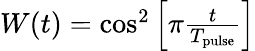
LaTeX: \begin{array}{r}{W(t)=\cos^{2}\left[\pi\frac{t}{T_{\mathrm{pulse}}}\right]}\end{array}